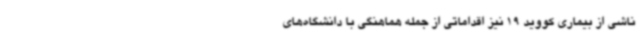
ناشی از بیماری کووید 19 نیز اقداماتی از جمله هماهنگی با دانشگاه‌های